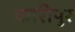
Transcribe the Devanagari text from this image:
कारीपुर